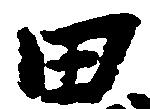
田